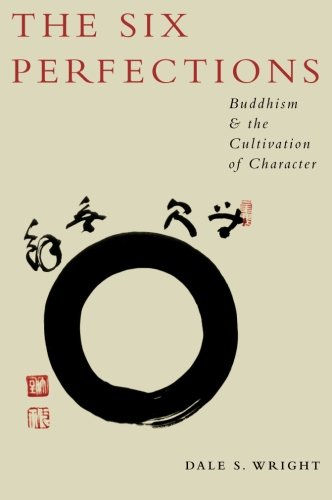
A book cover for The Six Perfections: Buddhism and the Cultivation of Character; Dale Wright; Religion & Spirituality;